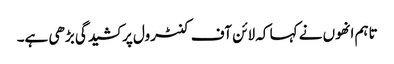
تاہم انھوں نے کہا کہ لائن آف کنٹرول پر کشیدگی بڑھی ہے۔